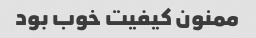
ممنون کیفیت خوب بود